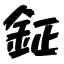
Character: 鉦